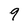
Character: 9